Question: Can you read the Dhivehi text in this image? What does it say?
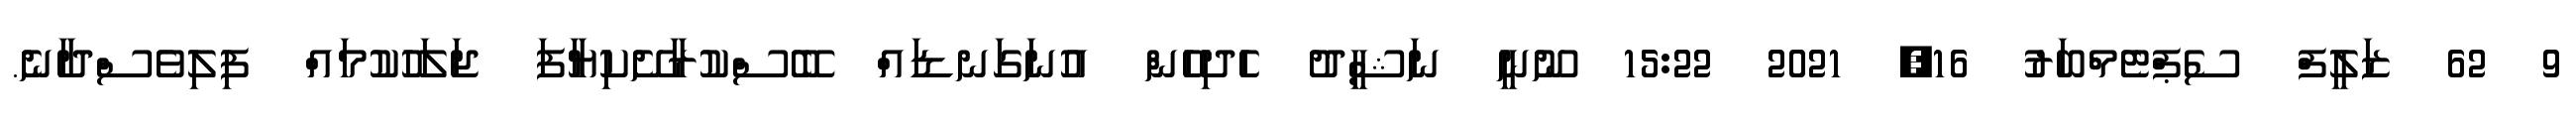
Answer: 9 62 ޒަލީފް ސެޕްޓެމްބަރު 16, 2021 15:22 ނޫނީ ނަޝީދު ހެދިހެން އުނަގަނޑައް ބޭސްކުރާށޭކިޔާފަ ޖަލަހުކުމައް ފިލިވެސްދާނެ.